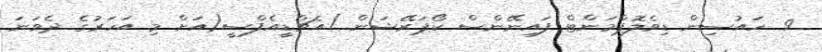
9  ހައުސިން ޑިވެލޮޕްމަންޓް ފައިނޭންސް ކޯޕަރޭޝަން )އެޗްޑީއެފްސީ(އަށް މި އަހަރުގެ ދެވަނަ